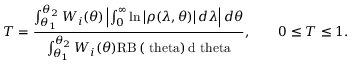
T = \frac { \int _ { \theta _ { 1 } } ^ { \theta _ { 2 } } W _ { i } ( \theta ) \left| \int _ { 0 } ^ { \infty } \ln \left| \rho ( \lambda , \theta ) \right| \! \, d \lambda \right| d \theta } { \int _ { \theta _ { 1 } } ^ { \theta _ { 2 } } W _ { i } ( \theta ) \mathrm { { R B } \left( \ t h e t a \right) d \ t h e t a } } , \qquad 0 \le T \le 1 .